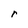
Character: r